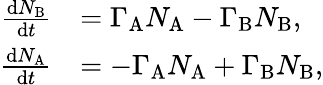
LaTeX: \begin{array}{rl}{\frac{\mathrm{d}N_{\mathrm{B}}}{\mathrm{d}t}}&{=\Gamma_{\mathrm{A}}N_{\mathrm{A}}-\Gamma_{\mathrm{B}}N_{\mathrm{B}},}\\ {\frac{\mathrm{d}N_{\mathrm{A}}}{\mathrm{d}t}}&{=-\Gamma_{\mathrm{A}}N_{\mathrm{A}}+\Gamma_{\mathrm{B}}N_{\mathrm{B}},}\end{array}